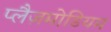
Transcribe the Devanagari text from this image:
प्लैज़मोडियम